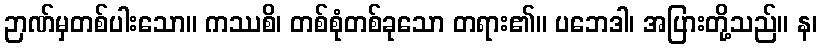
ဉာဏ်မှတစ်ပါးသော။ ကဿစိ၊ တစ်စုံတစ်ခုသော တရား၏။ ပဘေဒါ၊ အပြားတို့သည်။ န၊